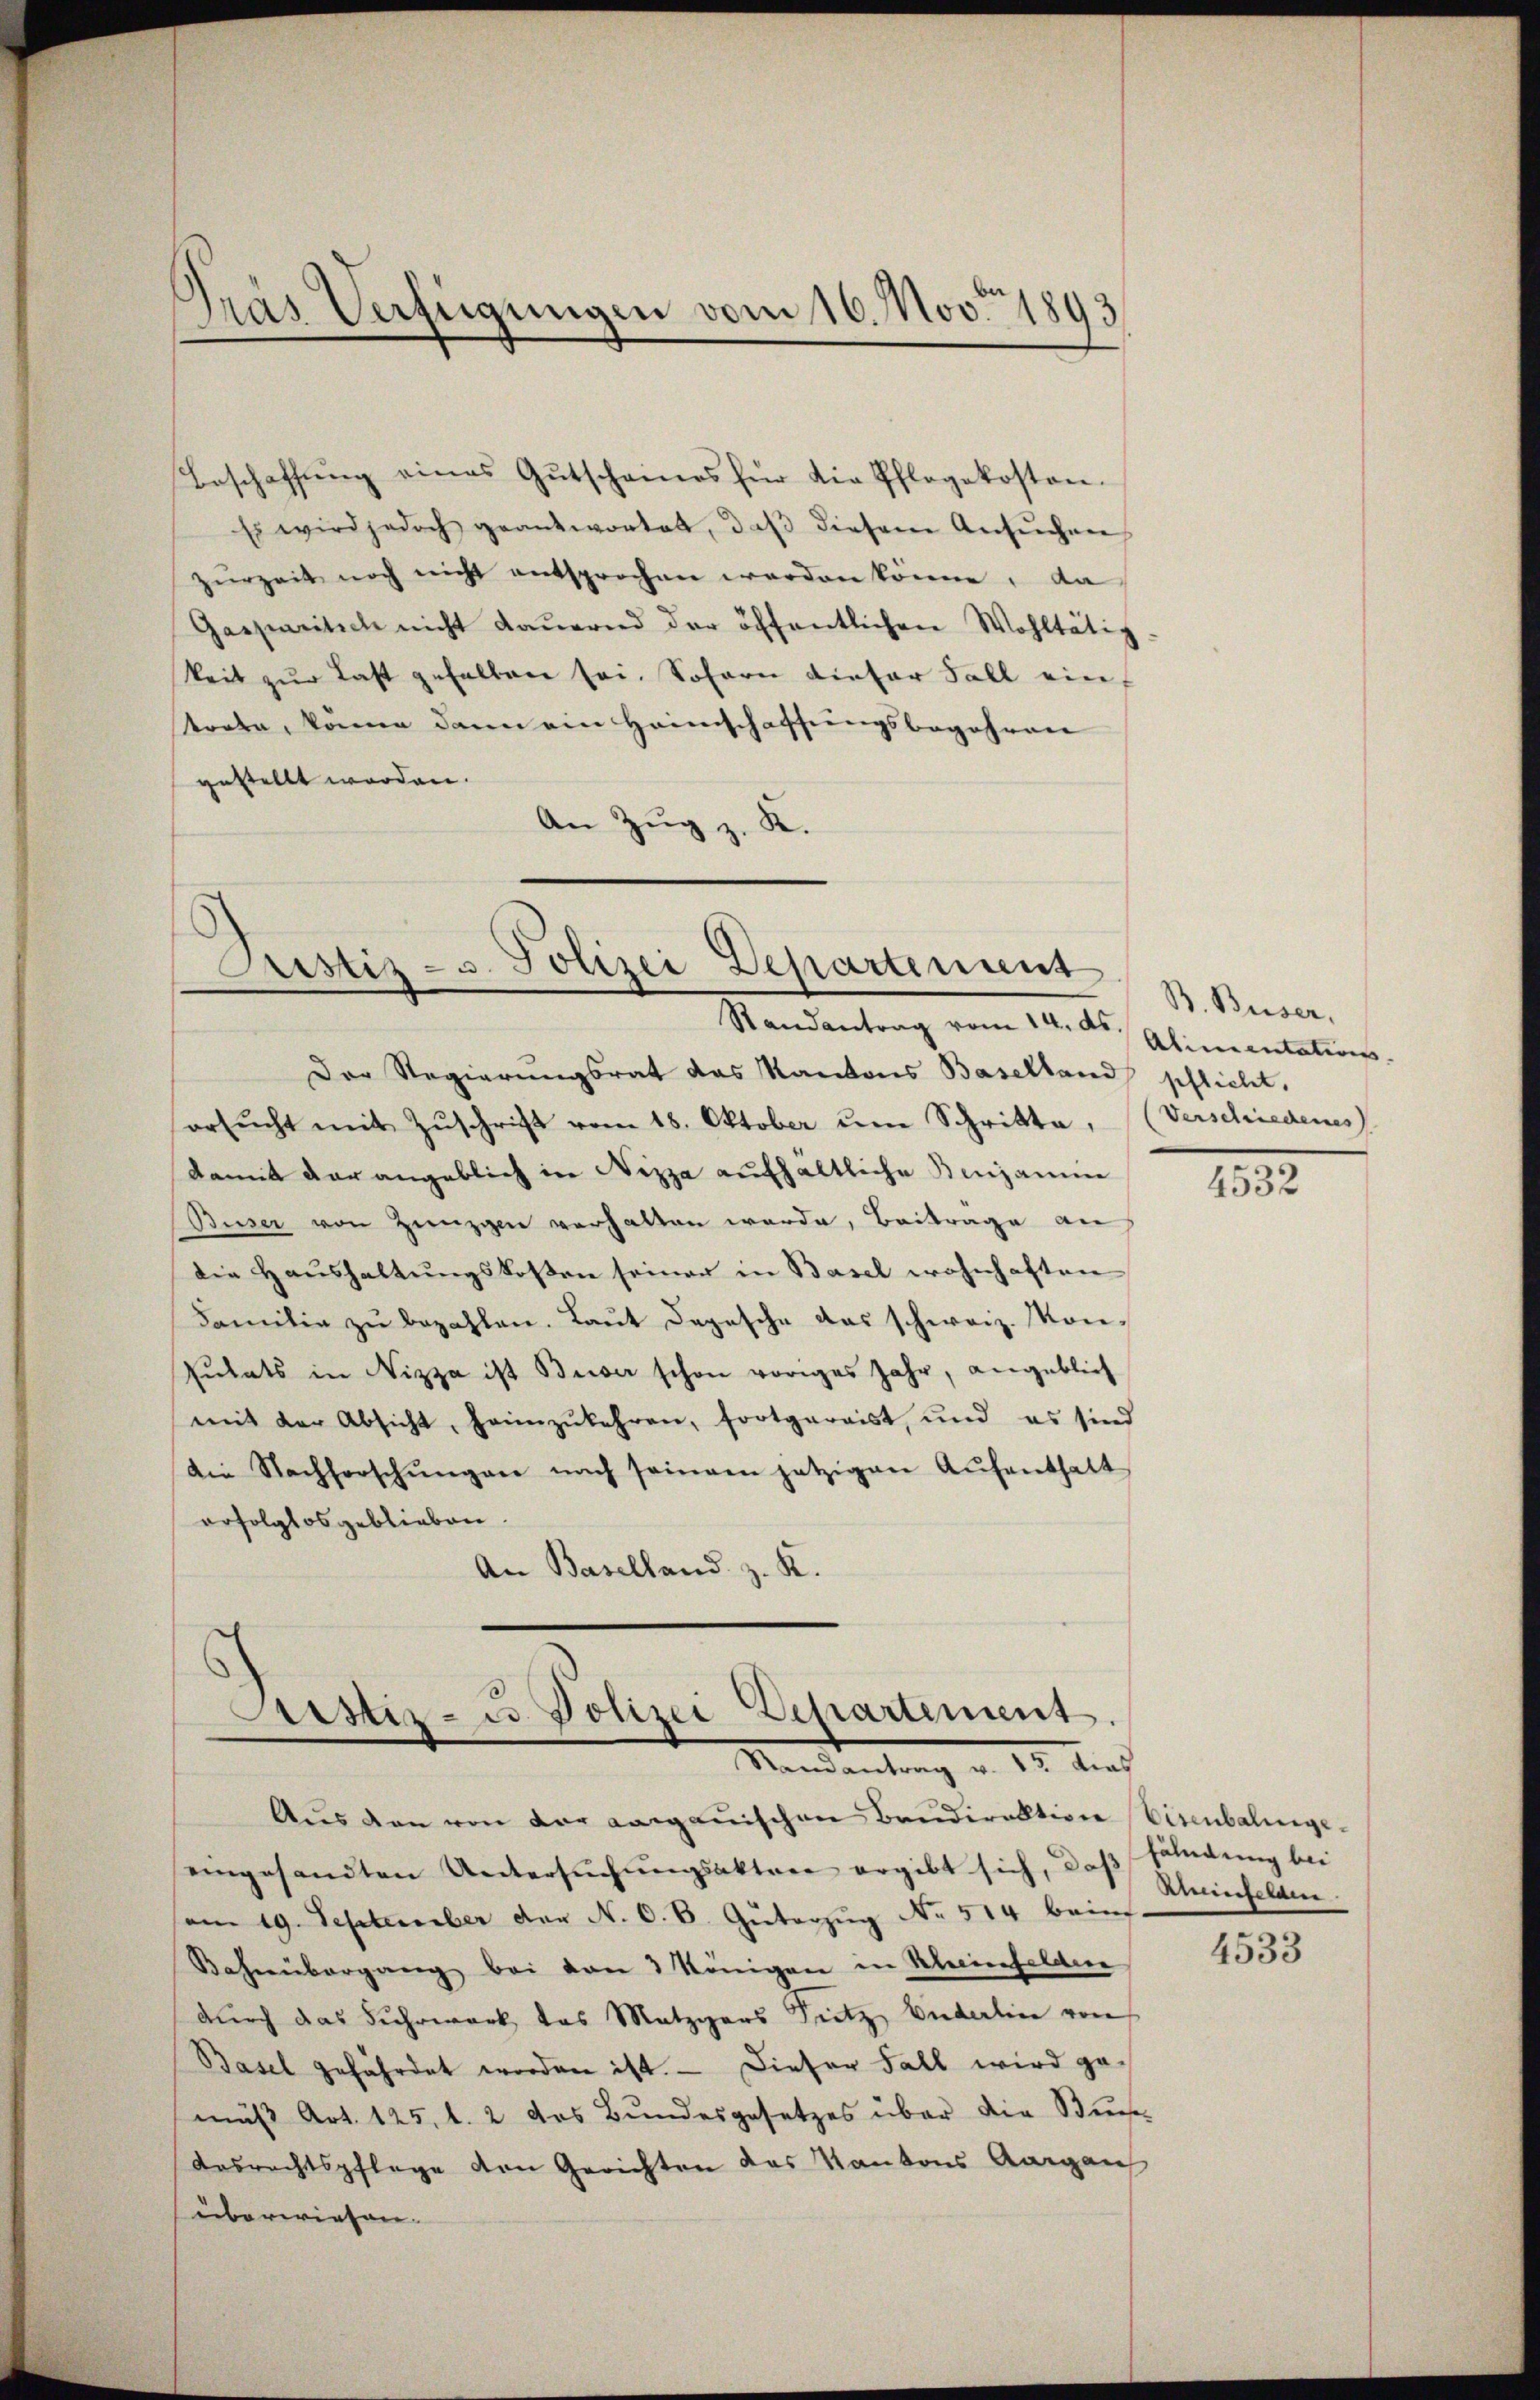
Gras Verfügungen vom 16. Nov. 1893

Beschaffŭng eines Gŭtscheines für die Pflegekosten.
Es wird jedoch geantwortet, daβ diesem Ansŭchen
zŭrzeit noch nicht entsprochen werden könne, da
Gasparitich nicht dauernd der öffentlichen Wohltätig
keit zŭr Last gehalten sei. Sofern dieser Fall eintrete, könne dann ein Heimschaffungsbegehren
gestellt worden.
An Zug z. K.

Prustiz- u. Polizei Departement
Randantrag vom 14. ds. Glinientations-

Der Regierungsrat das Kantons Baselland pflicht.
ersŭcht mit Zŭschrift vom 18. Oktober ŭm Schritte, (Verschiedenes)
damit der angeblich in Nizza aufhaltliche Benjamin
Buser von Zünzgen verhalten werde, Beitrage an
die Haushaltungskosten seiner in Basel wohnhaften
Familie zu bezahlen. Laut Depesche das schweiz. Konsulats in Nizza ist Buser schon voriges Jahr, angeblich
mit der Absicht, heimzukehren, fortgereist, und es sind
die Nachforschŭngen nach seinem jetzigen Aŭfenthalt
erfolglos geblieben.
An Baselland z. K.

ustiz- u. Polizei Departement
Mandantung v. 12. Auch

B. Buser,

Aŭs den von der aargauischen Baudirektion Eisenbalingeeingesandten Untersŭchŭngsaktere ergibt sich, daß soldung bei
am 19. September der N. O. B. Güterzug No. 514 bring.
Bahnübergang bei von 2 Königen in Kleinefelden
durch das Fuhrwerk das Metzgars Sitz, Enderlin von
Basel gefährdet worden ist. — Dieser Fall wird gemäß Art. 125. l. 2 des Bundesgesetzes über die Buchs
Desrechtspflege den Gerichten das Kantons Aargau
überwiesen.

4532

Aminfelden.

4533